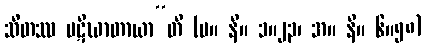
သီတဿ ပဋိဃာတာယာ”တိ (မ။ နိ။ ၁။၂၃၊ အ။ နိ။ ၆။၅၈)